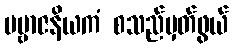
ပဗ္ဗာဇနိယကံ စသည်မှတ်ဖွယ်